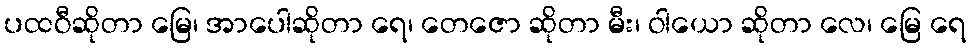
ပထဝီဆိုတာ မြေ၊ အာပေါဆိုတာ ရေ၊ တေဇော ဆိုတာ မီး၊ ဝါယော ဆိုတာ လေ၊ မြေ ရေ